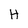
Character: H